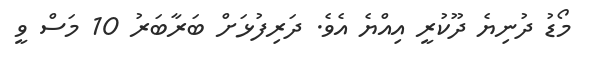
މޯޑު ދުނިޔެ ދޫކުރީ އިއްޔެ އެވެ. ދަރިފުޅަށް ބަރާބަރު 10 މަސް ވީ